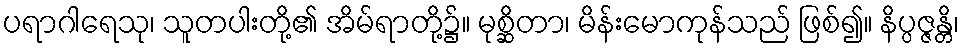
ပရာဂါရေသု၊ သူတပါးတို့၏ အိမ်ရာတို့၌။ မုစ္ဆိတာ၊ မိန်းမောကုန်သည် ဖြစ်၍။ နိပ္ပဇ္ဇန္တိ၊